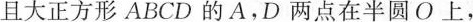
且大正方形 ABCD 的A，D两点在半圆O上，